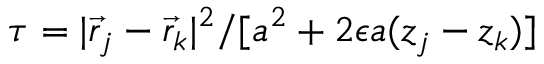
\tau = | \vec { r } _ { j } - \vec { r } _ { k } | ^ { 2 } / [ a ^ { 2 } + 2 \epsilon a ( z _ { j } - z _ { k } ) ]